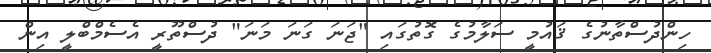
ހިންދުސްތާނުގެ ޤައުމީ ސަލާމުގެ ގޮތުގައި "ޖަނަ ގަނަ މަނަ" ދުސްތޫރީ އެސެމްބްލީ އިން